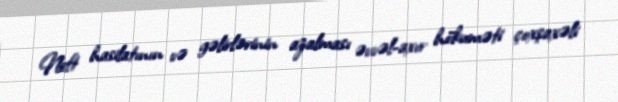
Neft hasilatının və gəlirlərinin azalması əvvəl-axır hökuməti çoxşaxəli